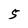
Character: 5